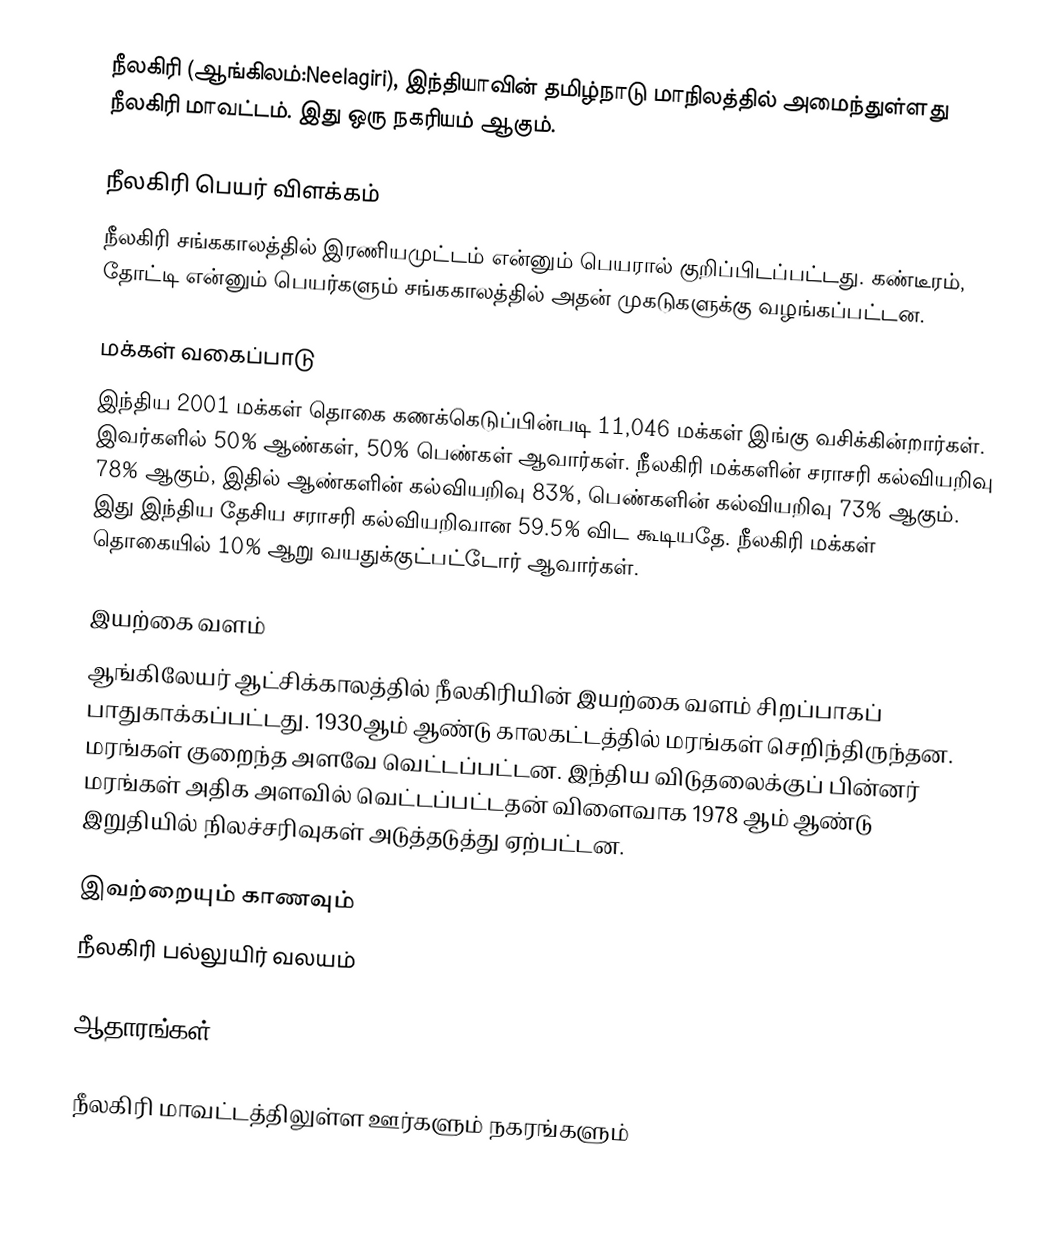
நீலகிரி (ஆங்கிலம்:Neelagiri), இந்தியாவின் தமிழ்நாடு மாநிலத்தில் அமைந்துள்ளது நீலகிரி  மாவட்டம். இது ஒரு நகரியம் ஆகும்.

நீலகிரி பெயர் விளக்கம்
நீலகிரி சங்ககாலத்தில் இரணியமுட்டம் என்னும் பெயரால் குறிப்பிடப்பட்டது. கண்டீரம், தோட்டி என்னும் பெயர்களும் சங்ககாலத்தில் அதன் முகடுகளுக்கு வழங்கப்பட்டன.

மக்கள் வகைப்பாடு
இந்திய 2001 மக்கள் தொகை கணக்கெடுப்பின்படி 11,046 மக்கள் இங்கு வசிக்கின்றார்கள். இவர்களில் 50% ஆண்கள், 50% பெண்கள் ஆவார்கள். நீலகிரி மக்களின் சராசரி கல்வியறிவு 78% ஆகும், இதில் ஆண்களின் கல்வியறிவு 83%, பெண்களின் கல்வியறிவு 73% ஆகும். இது இந்திய தேசிய சராசரி கல்வியறிவான 59.5% விட கூடியதே. நீலகிரி மக்கள் தொகையில் 10% ஆறு வயதுக்குட்பட்டோர் ஆவார்கள்.

இயற்கை வளம்
ஆங்கிலேயர் ஆட்சிக்காலத்தில் நீலகிரியின் இயற்கை வளம் சிறப்பாகப் பாதுகாக்கப்பட்டது. 1930ஆம் ஆண்டு காலகட்டத்தில் மரங்கள் செறிந்திருந்தன. மரங்கள் குறைந்த அளவே வெட்டப்பட்டன. இந்திய விடுதலைக்குப் பின்னர் மரங்கள் அதிக அளவில் வெட்டப்பட்டதன் விளைவாக 1978 ஆம் ஆண்டு இறுதியில் நிலச்சரிவுகள் அடுத்தடுத்து ஏற்பட்டன.

இவற்றையும் காணவும்
நீலகிரி பல்லுயிர் வலயம்

ஆதாரங்கள்

நீலகிரி மாவட்டத்திலுள்ள ஊர்களும் நகரங்களும்